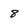
Character: 8